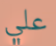
علي